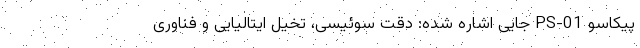
پیکاسو PS-01 جایی اشاره شده: دقت سوئیسی، تخیل ایتالیایی و فناوری